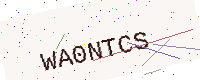
Text: WA0NTCS